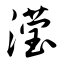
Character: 滢